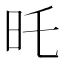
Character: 𣅒